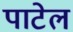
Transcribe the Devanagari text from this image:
पाटेल